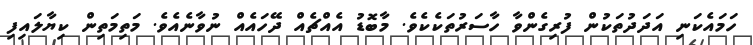
ހަމައެކަނި އަދަދުތަކުން ފުރިގެންވާ ހާސަރުތަކެކެވެ. މާބޮޑު އެއްޗެއް ދޭހައެއް ނުވާނެއެވެ. މަތިމަތިން ކިޔާލައިފި